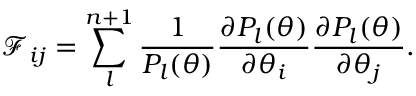
\mathcal { F } _ { i j } = \sum _ { l } ^ { n + 1 } \frac { 1 } { P _ { l } ( \boldsymbol { \theta } ) } \frac { \partial P _ { l } ( \boldsymbol { \theta } ) } { \partial \theta _ { i } } \frac { \partial P _ { l } ( \boldsymbol { \theta } ) } { \partial \theta _ { j } } .